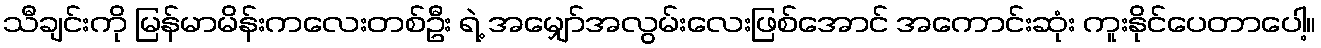
သီချင်းကို မြန်မာမိန်းကလေးတစ်ဦး ရဲ့ အမျှော်အလွမ်းလေးဖြစ်အောင် အကောင်းဆုံး ကူးနိုင်ပေတာပေါ့။